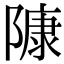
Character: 𨻷